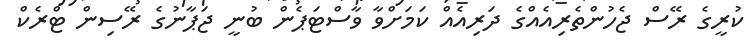
ކުރީގެ ރޭސް ޖެހުންތެރިއެއްގެ ދަރިއެއް ކަމަށްވާ ވާސްޓަޕެން ބުނީ ޖަޕާނުގެ ރޭސިން ޓްރެކް